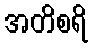
အတိစရိ